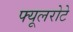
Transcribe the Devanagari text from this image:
फ्यूलरोटे